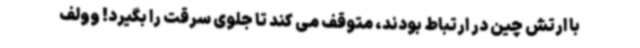
با ارتش چین در ارتباط بودند، متوقف می کند تا جلوی سرقت را بگیرد! وولف